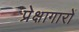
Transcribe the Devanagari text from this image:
प्रेक्षागारों